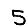
Digit: 5